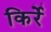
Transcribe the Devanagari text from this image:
किर्रे